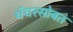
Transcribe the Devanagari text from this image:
थॅचरसोबत